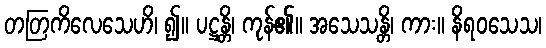
တတြကိလေသေဟိ၊ ၍။ ပဋ္ဌန္တိ၊ ကုန်၏။ အသေသန္တိ၊ ကား။ နိရဝသေသ၊